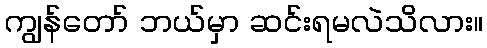
ကျွန်တော် ဘယ်မှာ ဆင်းရမလဲသိလား။